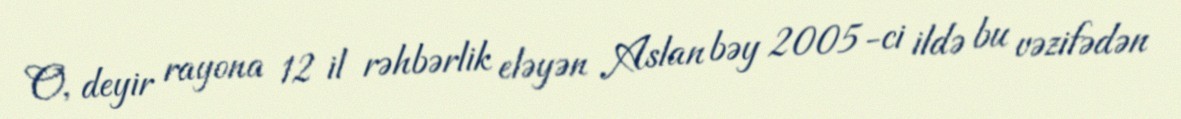
O, deyir rayona 12 il rəhbərlik eləyən Aslan bəy 2005-ci ildə bu vəzifədən